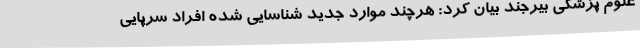
علوم پزشکی بیرجند بیان کرد: هرچند موارد جدید شناسایی شده افراد سرپایی